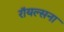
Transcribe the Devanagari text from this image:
रॉयल्सना